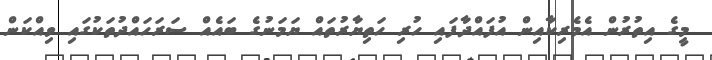
މީގެ އިތުރުން އެމެރިކާއިން އުފައްދާފައި ހުރި ހަތިޔާރުތައް ޔަމަނުގެ ބައެއް ސަރަހައްދުތަކުގައި ވިއްކަން